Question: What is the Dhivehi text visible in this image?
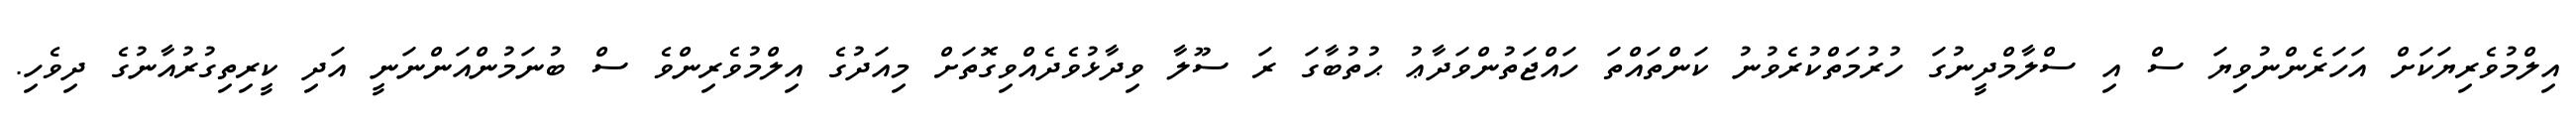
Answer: އިލްމުވެރިޔަކަށް އަހަރެންނުވިޔަ ސް އި ސްލާމްދީނުގަ ހުރުމަތްކުރެވުނު ކަންތައްތަ ހައްޖަތުންވަދާޢު ޙުތުބާގަ ރަ ސޫލާ ވިދާޅުވެދެއްވިގޮތަށް މިއަދުގެ އިލްމުވެރިންވެ ސް ބުނަމުންއަންނަނީ އަދި ކީރިތިގުރުއާނުގެ ދިވެހި.